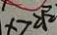
x > 2 \sqrt { 2 }